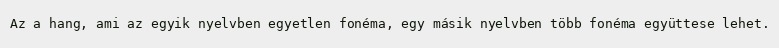
Az a hang, ami az egyik nyelvben egyetlen fonéma, egy másik nyelvben több fonéma együttese lehet.